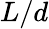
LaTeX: L/d